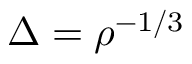
\Delta = \rho ^ { - 1 / 3 }